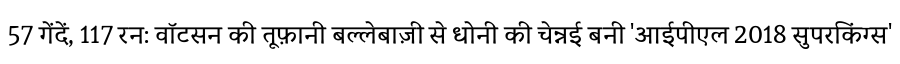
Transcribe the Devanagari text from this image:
57 गेंदें, 117 रन: वॉटसन की तूफ़ानी बल्लेबाज़ी से धोनी की चेन्नई बनी 'आईपीएल 2018 सुपरकिंग्स'